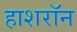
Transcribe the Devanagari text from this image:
हाशरॉन